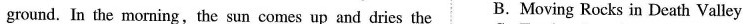
ground. In the morning,the sun comes up and dries the B.Moving Rocks in Death Valley